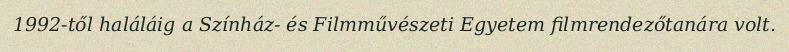
1992-től haláláig a Színház- és Filmművészeti Egyetem filmrendezőtanára volt.